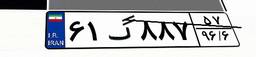
۶۱گ۸۸۷۵۷